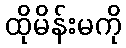
ထိုမိန်းမကို